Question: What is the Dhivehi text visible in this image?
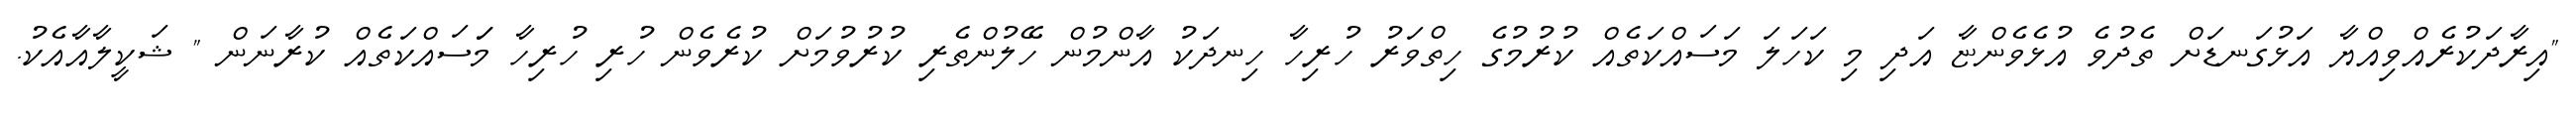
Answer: "އިރާދަކުރެއްވިއްޔާ އަޅުގަނޑަށް ތެދުވެ އުޅެވެންޏާ އަދި މި ކަހަލަ މަސައްކަތެއް ކުރުމުގެ ހިތްވަރު ހުރިހާ ހިނދަކު އާންމުން ހޭލުންތެރި ކުރުވުމަށް ކުރެވެން ހުރި ހުރިހާ މަަސައްކަތެއް ކުރާނަން " ޝަކީލާއާއެކު.